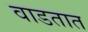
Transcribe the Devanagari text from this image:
वाडतात